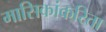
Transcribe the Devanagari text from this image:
मासिकांकरिता